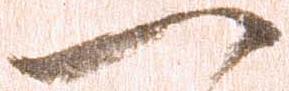
一